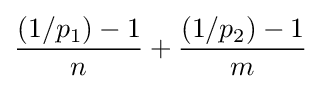
{\frac {(1/p_{1})-1}{n}}+{\frac {(1/p_{2})-1}{m}}